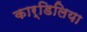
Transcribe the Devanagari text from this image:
कार्डिलिया